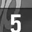
Digit: 5